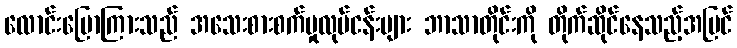
လောင်းပြောကြားသည် အသေးစားစက်မှုလုပ်ငန်းများ ဘာသာတိုင်းကို တိုက်ဆိုင်နေသည့်အပြင်